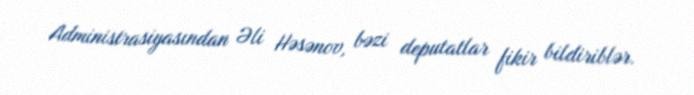
Administrasiyasından Əli Həsənov, bəzi deputatlar fikir bildiriblər.